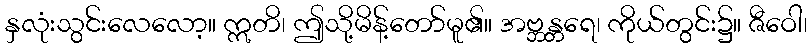
နှလုံးသွင်းလေလော့။ ဣတိ၊ ဤသို့မိန့်တော်မူ၏။ အဗ္ဘန္တရေ၊ ကိုယ်တွင်း၌။ ဇီဝေါ၊